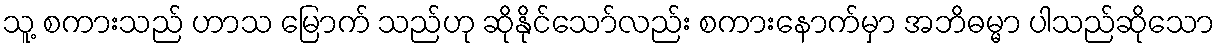
သူ့ စကားသည် ဟာသ မြောက် သည်ဟု ဆိုနိုင်သော်လည်း စကားနောက်မှာ အဘိဓမ္မာ ပါသည်ဆိုသော